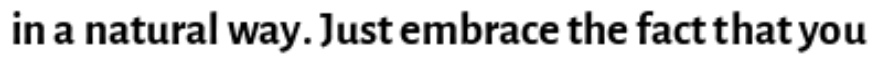
in a natural way. Just embrace the fact that you